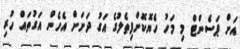
އަށް ޕަސެންޓް މި މަހު ހެޔޮކޮށްފިތެލުގެ އަގު ދަށަށް އެހެން އަގުތައް ހުރި